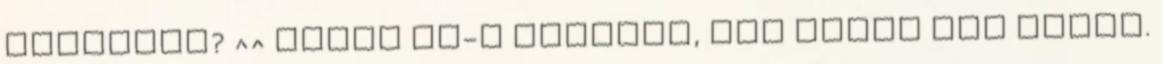
üzenetem? ^^ Habár kt-t ígértem, ami késik nem múlik.